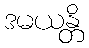
ဒမယန္တိ